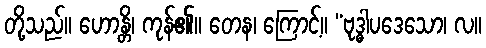
တို့သည်။ ဟောန္တိ၊ ကုန်၏။ တေန၊ ကြောင့်။ “ဗုဒ္ဓါပဒေသော၊ လ။